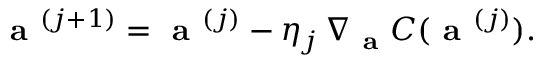
\begin{array} { r } { \textbf { a } ^ { ( j + 1 ) } = \textbf { a } ^ { ( j ) } - \eta _ { j } \, \nabla _ { \textbf { a } } C ( \textbf { a } ^ { ( j ) } ) . } \end{array}